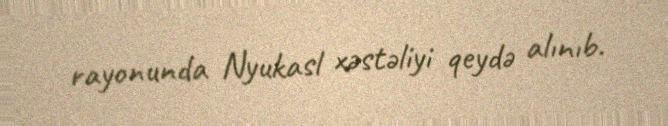
rayonunda Nyukasl xəstəliyi qeydə alınıb.